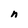
Character: n